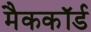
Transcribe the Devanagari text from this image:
मैककॉर्ड